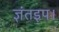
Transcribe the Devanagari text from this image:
ज्ञंतइप।